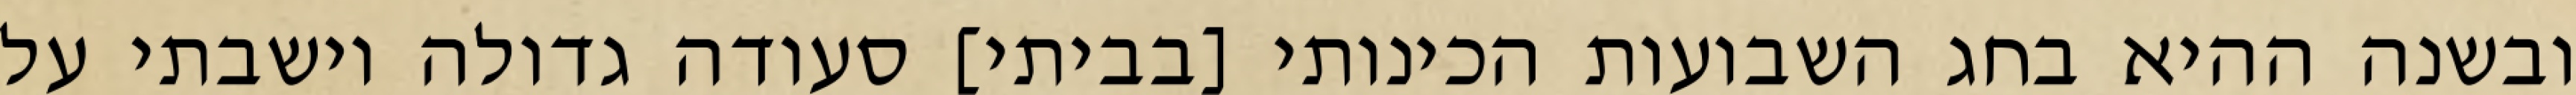
ובשנה ההיא בחג השבועות הכינותי [בביתי] סעודה גדולה וישבתי על